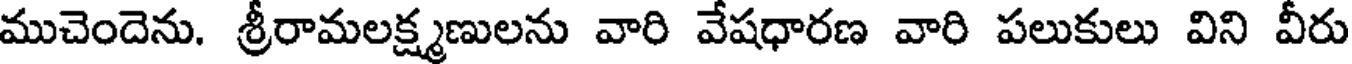
ముచెందెను. శ్రీరామలక్ష్మణులను వారి వేషధారణ వారి పలుకులు విని వీరు